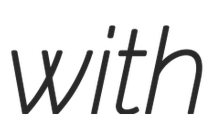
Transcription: with